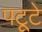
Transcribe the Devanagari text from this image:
पटूटे